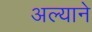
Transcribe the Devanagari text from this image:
अल्याने